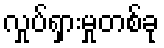
လှုပ်ရှားမှုတစ်ခု